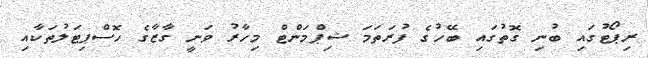
ރިޕޯޓުގައި ބުނި ގޮތުގައި ބޭހުގެ ފުރަތަމަ ޝިޕްމަންޓް މިހާރު ވަނީ ގާޒާގެ ހޮސްޕިޓަލުތަކާއި